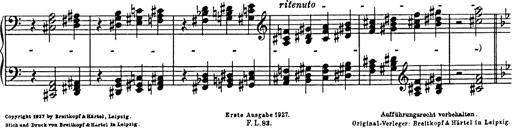
Title: R.W. - Venezia
Composer: Franz Liszt